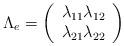
LaTeX: \begin{align*}\Lambda_e = \left(\begin{array}{llll}\lambda_{11} \lambda_{12}\\\lambda_{21} \lambda_{22}\end{array}\right)\end{align*}